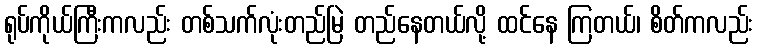
ရုပ်ကိုယ်ကြီးကလည်း တစ်သက်လုံးတည်မြဲ တည်နေတယ်လို့ ထင်နေ ကြတယ်၊ စိတ်ကလည်း